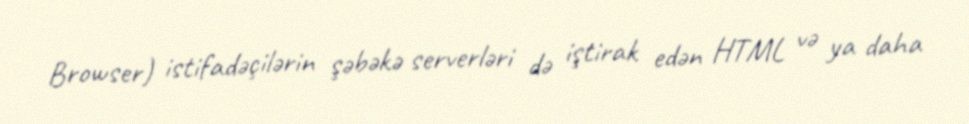
Browser) istifadəçilərin şəbəkə serverləri də iştirak edən HTML və ya daha